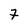
Character: 7